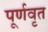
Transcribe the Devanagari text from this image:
पूर्णवृत